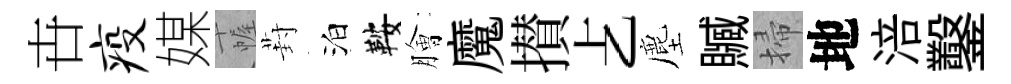
卋疫媒幄葑泊鞍膾魔攅𠧒塵贓掃地涪鑿